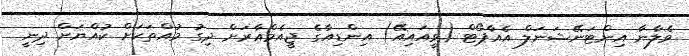
ވެލާނާ އިންޓަނޭޝަނަލް އެއާޕޯޓް (ވީއައިއޭ) އިންޑިއާގެ ޖީއެމްއާރަށް ދިގު މުއްތަކަށް ކުއްޔަށް ދިނީ